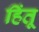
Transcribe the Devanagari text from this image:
हिंतू